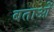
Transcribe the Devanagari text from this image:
बताओं